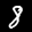
Label: 8